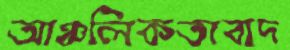
আঞ্চলিকতাবাদ